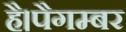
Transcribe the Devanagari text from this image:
है।पैगम्बर